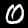
Label: 0